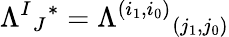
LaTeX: \Lambda^{I}{}_{J}{}^{*}=\Lambda^{(i_{1},i_{0})}{}_{(j_{1},j_{0})}